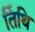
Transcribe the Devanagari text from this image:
तिंथि